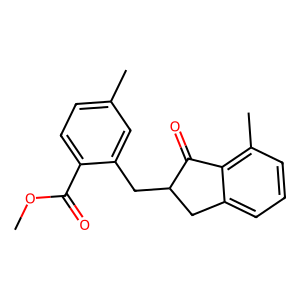
SMILES: COC(=O)c1ccc(C)cc1CC1Cc2cccc(C)c2C1=O
Inhibits HIV replication: No